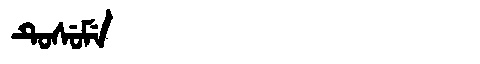
Manchu: ᡨᡠᠰᡠᠮᡝ
Romanization: TUSUME